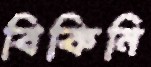
বিকিনি